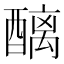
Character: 醨